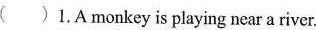
( )1.A monkey is playing near a river.